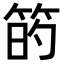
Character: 𥮀